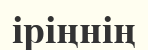
іріңнің